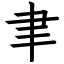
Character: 聿